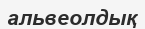
альвеолдық